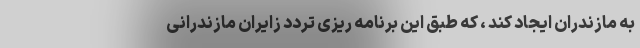
به مازندران ایجاد کند ، که طبق این برنامه ریزی تردد زایران مازندرانی